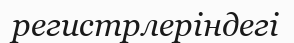
регистрлеріндегі